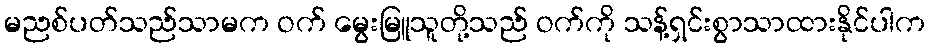
မညစ်ပတ်သည်သာမက ဝက် မွေးမြူသူတို့သည် ဝက်ကို သန့်ရှင်းစွာသာထားနိုင်ပါက